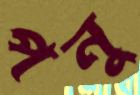
পনু